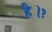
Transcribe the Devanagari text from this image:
है।१